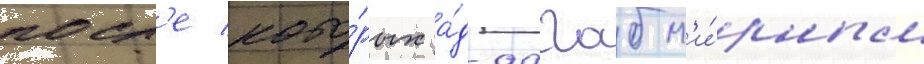
посл'е кото́рых а́д-дагаб м'и́рным